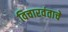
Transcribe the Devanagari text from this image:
विचारवंताचे